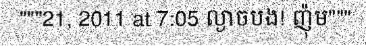
"""21, 2011 at 7:05 ល្ងាចបង! ញ៉ុម"""